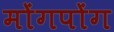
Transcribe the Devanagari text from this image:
मोंगपोंग